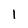
Character: l